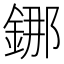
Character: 𰼴